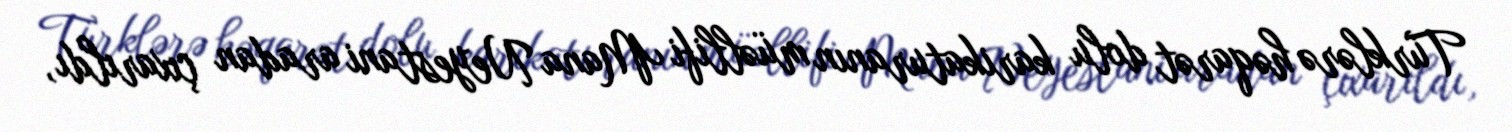
Türklərə həqarət dolu karikaturanın müəllifi Mana Neyestani aradan çıxarıldı,